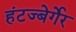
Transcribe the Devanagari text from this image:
हंटज्बेर्गेर